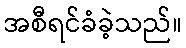
အစီရင်ခံခဲ့သည်။